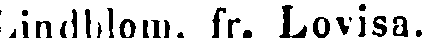
Lindblom, fr. Lovisa.